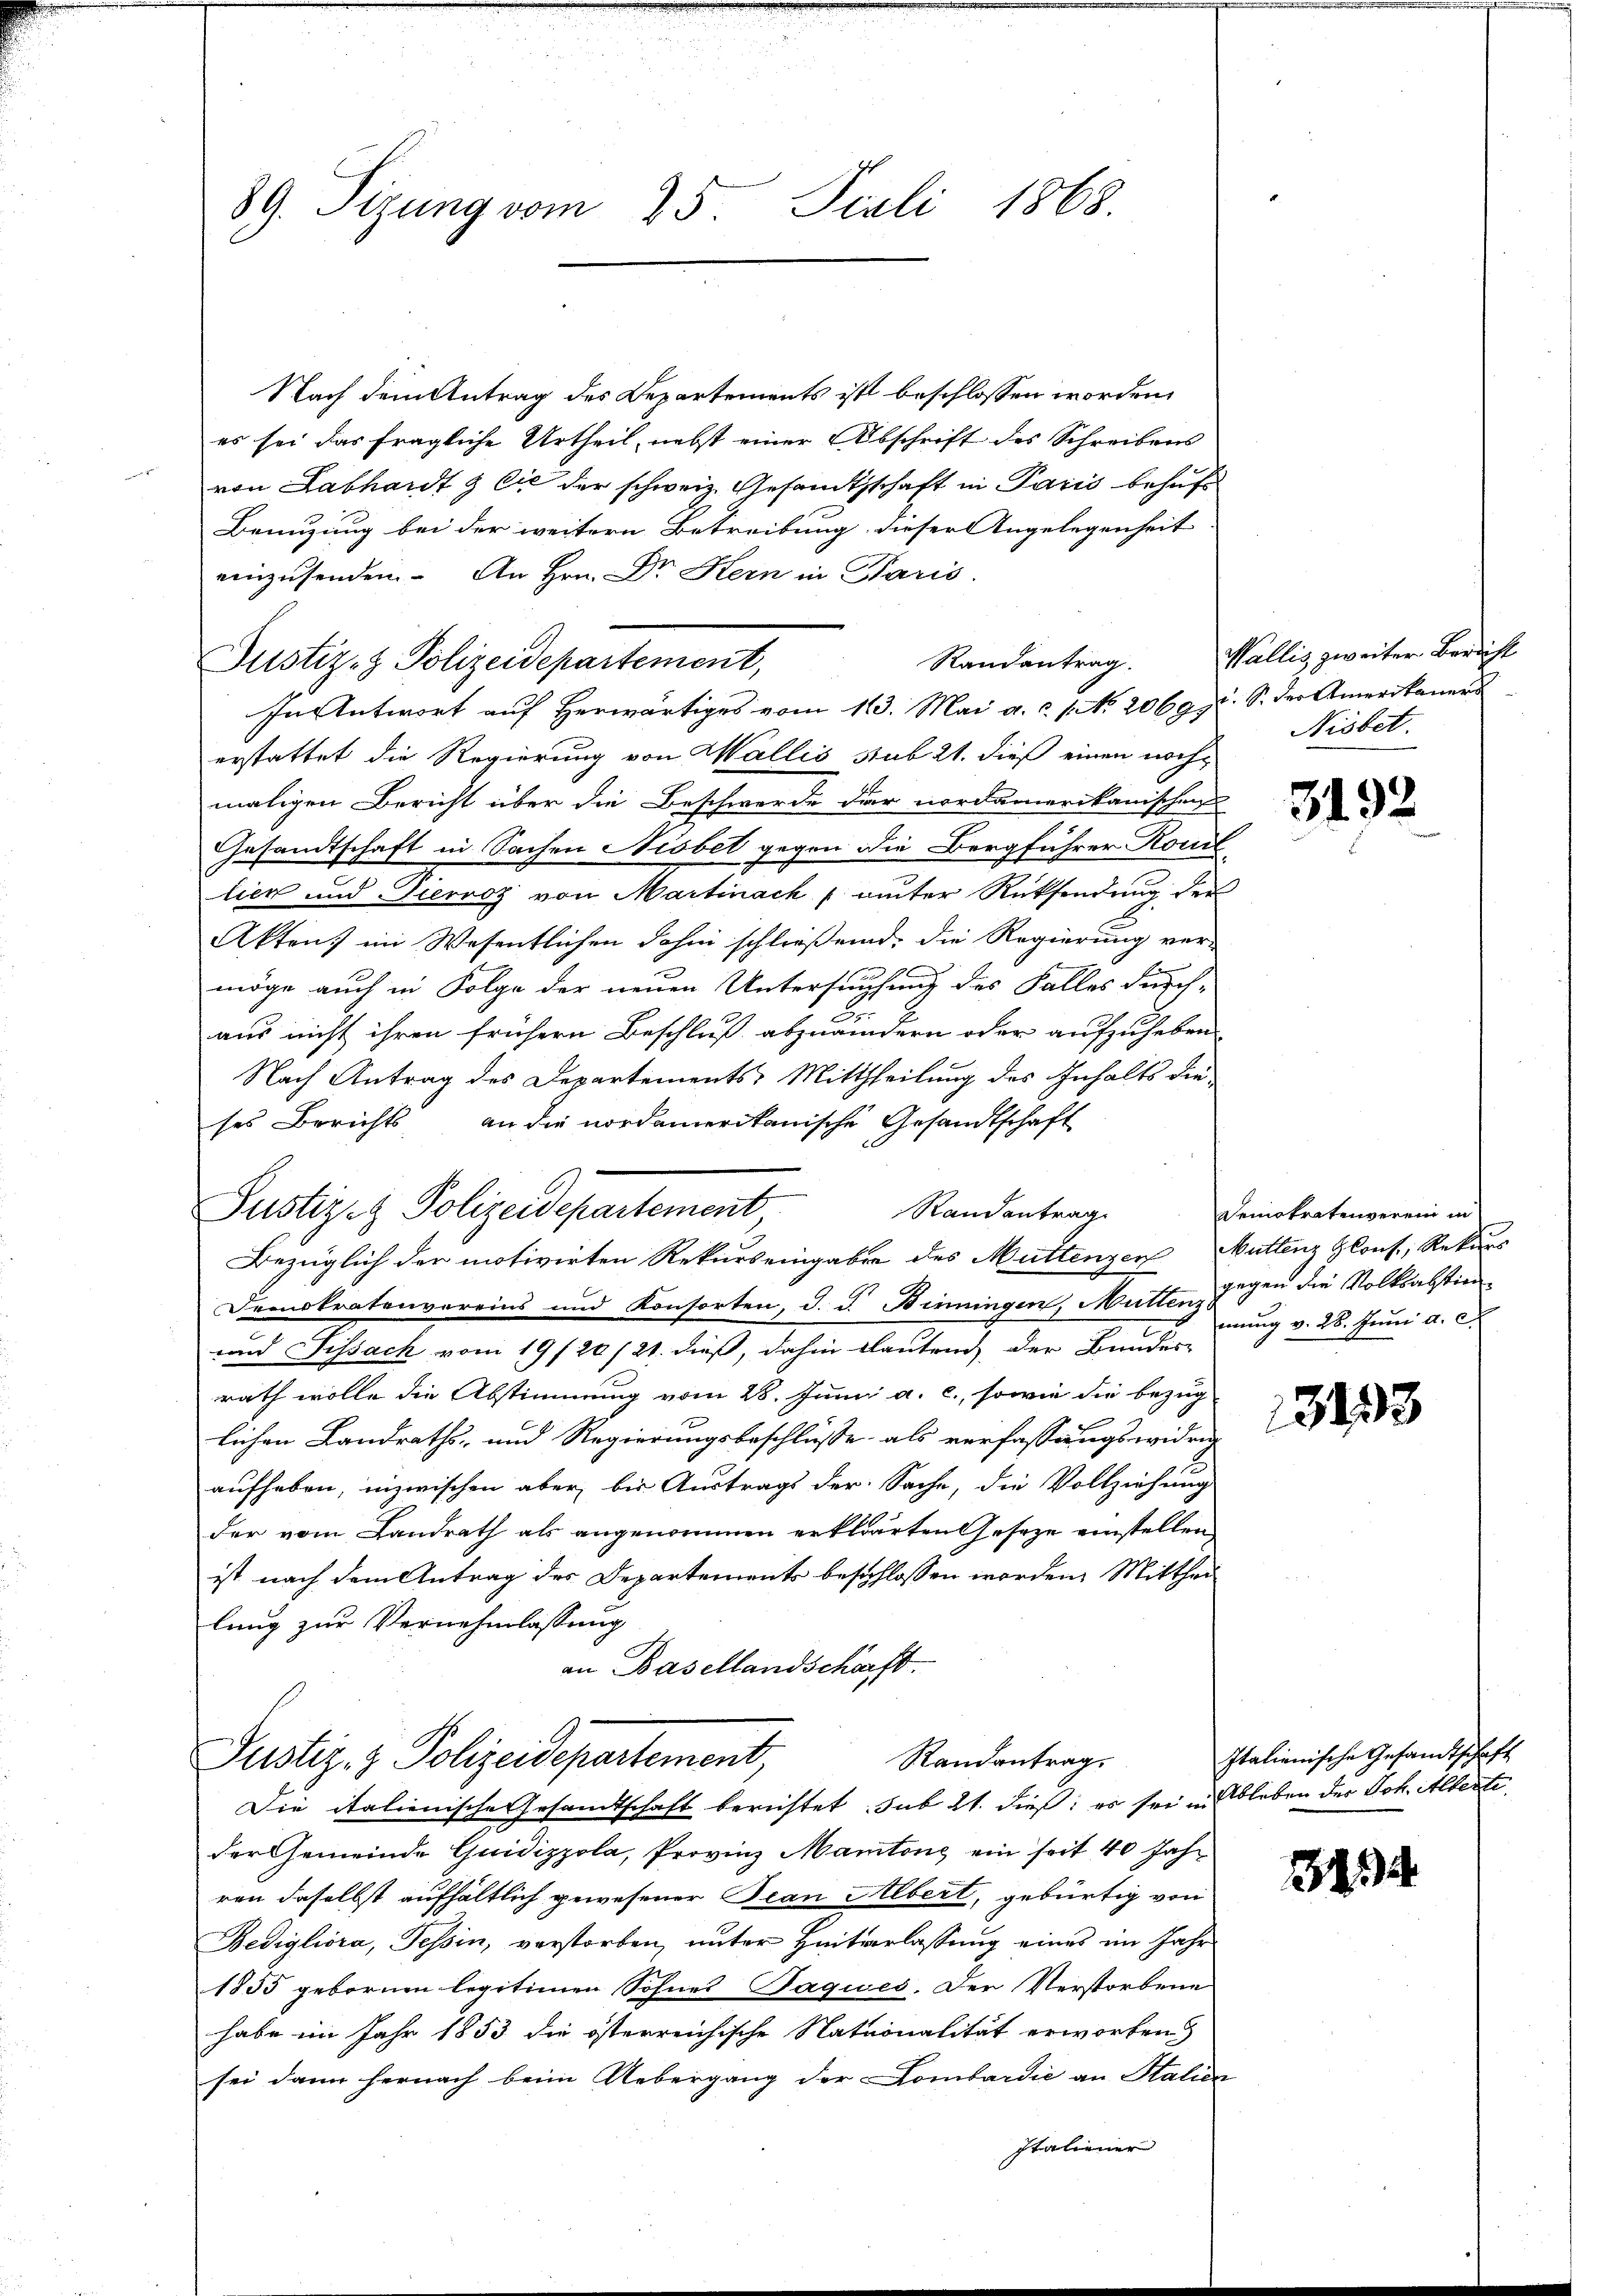
89. Sizung vom 25 Pculi 1868.

Nach dem Antrag des Departements ist beschlossen worden,
es sei das fragliche Urtheil, nebst einer Abschrift des Schreibens
von Labhardt & Cie der schweiz. Gesandtschaft in Paris behuf
Benuzung bei der weitern Betreibung dieser Angelegenheit
einzusenden. An Hrn. Dr Kern in Paris.
Justiz- & Polizeidepartement,
erstattet die Regierung von Wallis sub 21. dieß einen nachmaligen Bericht über die Beschwerde der nordamerikanischen
Gesandtschaft in Sachen Nisbet gegen die Bergführer Kont
lier und Pierroz von Martinack samter Rücksendung der
Akten im Wesentlichen dahin schließend, die Regierung ver-
So
möge auch in Folge der neuen Untersuchung des Falles durch-
aus nicht ihren frühern Beschluß abzuändern oder aufzuheben
Nach Antrag des Departements Mittheilung des Inhalts die
ses Berichts an die nordamerikanische Gesandtschaft
Justiz- & Polizeidepartement
Randantrag
Bezüglich der motivirten Rekurs eingaben des Muttengen Muttenz plons, Rekurs
Demokratenvereins und Konsorten, d. d. Binningen, Mutter u. v. 28. Juni d. C.
und Sissack vom 19/20/21. dieß, dahin lautend der Bundes-
rath wolle die Abstimmung vom 28. Juni a. c., sowie die Bezug
lichen Landraths- und Regierungsbeschlüsse als verfassungswidrig
aufheben, inzwischen aber, bis Austrags der Sache, die Vollziehung
der vom Landrath als angenommen erklärten Geseze einstellen,
ist nach dem Antrag des Departements beschlossen worden. Mitthei
lung zur Vernehmlassung
an Basellandscharft.

In Antwort aŭf herwärtiges vom 13. Mai a. c. 1. No. 2069 J. S. der Amerikaners

Randantrag.

Pustiz- & Polizeidepartement,
Randantrag.
Die italienische Gesandtschaft berichtet sub 21. dieß, es sei in Ableben der Joh. Alberti¬

der Gemeinde Quidizzola, Provinz Mantone ein seit 40 Jahr
ren daselbst aufhältlich gewesener Bean Albert, gebürtig von
Bedigliora, Tessin, verstorben, unter Hintverlassung eines im Jahr
1855 gebornen legitimen Sohnes Jaques. Der Verstorbene
habe im Jahr 1853 die österreichische Nationalität erworben)
sei dann hernach beim Uebergang der Lombardie an Stalien
Italiener

Wallis zweiter Bericht
Nisbet.

3192.

Demokratenverein in
gegen die Volksabstin

3133

Italienische Gesandtschaft

1934